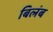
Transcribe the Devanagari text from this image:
बिलंब